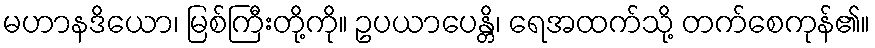
မဟာနဒိယော၊ မြစ်ကြီးတို့ကို။ ဥပယာပေန္တိ၊ ရေအထက်သို့ တက်စေကုန်၏။